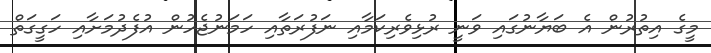
މީގެ އިތުރުން އެ ބަޔާނުގައި ވަނީ ރުޅިވެރިކަމާއި ނަފުރަތާއި ހަމަނުޖެހުން އުފެދުމަށާއި ހަގީގަތް